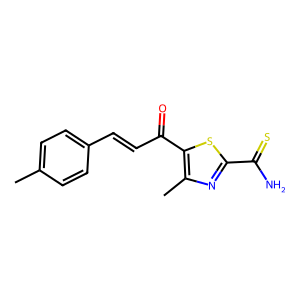
SMILES: Cc1ccc(C=CC(=O)c2sc(C(N)=S)nc2C)cc1
Inhibits HIV replication: No